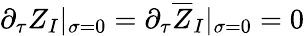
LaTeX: \partial_{\tau}Z_{I}|_{\sigma=0}=\partial_{\tau}\overline{{{Z}}}_{I}|_{\sigma=0}=0